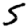
Digit: 5